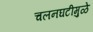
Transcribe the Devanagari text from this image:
चलनघटीमुळे